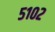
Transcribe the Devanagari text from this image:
५१०२